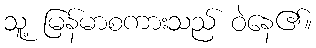
သူ့ မြန်မာစကားသည် ဝဲနေ၏။